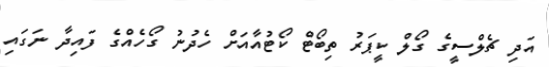
އަދި ޗެލްސީގެ ގޯލް ކީޕަރު ތިބޯޓް ކޯޓުއާއަށް ހެދުނު ގޯހެއްގެ ފައިދާ ނަގައި